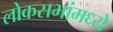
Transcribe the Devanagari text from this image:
लोकसभांमध्ये